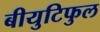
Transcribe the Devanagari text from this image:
बीयुटिफुल